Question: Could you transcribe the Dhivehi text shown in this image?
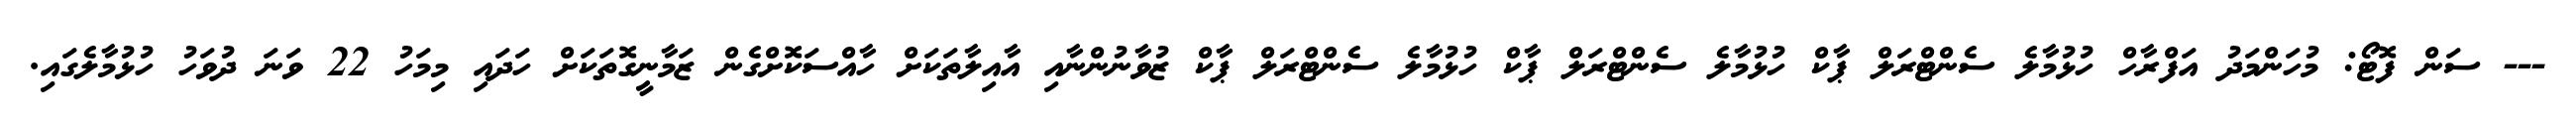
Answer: --- ސަން ފޮޓޯ: މުހަންމަދު އަފްރާހް ހުޅުމާލެ ސެންޓްރަލް ޕާކް ހުޅުމާލެ ސެންޓްރަލް ޕާކް ހުޅުމާލެ ސެންޓްރަލް ޕާކް ޒުވާނުންނާއި އާއިލާތަކަށް ހާއްސަކޮށްގެން ޒަމާނީގޮތަކަށް ހަދައި މިމަހު 22 ވަނަ ދުވަހު ހުޅުމާލެގައި.